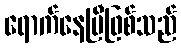
ရောက်နေပြီဖြစ်သည်